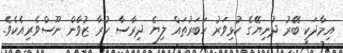
އިމާދަކީ ބޭރު ދުނިޔޭގެ ކުޅިވަރު ހަބަރުތައް ލިޔެ ދިރާސާ ކުރާ ޒުވާން ނޫސްވެރިއެކެވެ.